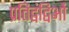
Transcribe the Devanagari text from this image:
प्रतिद्वंद्विओं